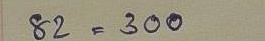
82 = 300